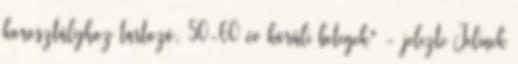
korosztályhoz tartozó, 50-60 év körüli betegek" - jelezte Jelinek